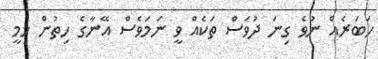
ހަބަރެއް ނުވެ ގިނަ ދުވަސް ތަކެއް ވީ ނަމަވެސް އޭނާގެ ހިތުން މިމީ